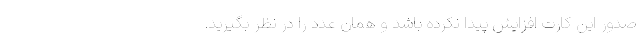
صدور این کارت افزایش پیدا نکرده باشد و همان عدد را در نظر بگیرید.